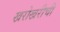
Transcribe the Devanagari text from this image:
खरोखरीची